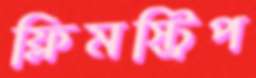
ফ্লিমস্ট্রিপ